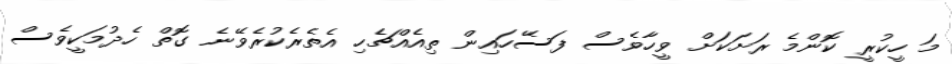
މަ ހީކުރީ ކޮންމެ ރަށަކަށް ވީހާވެސް ފަސޭހައިން ތިއެއްޗެހި އެތެރެކުރެވޭނެ ގޮތް ހެދުމަކީވެސް